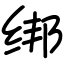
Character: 绑